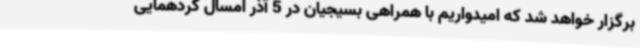
برگزار خواهد شد که امیدواریم با همراهی بسیجیان در 5 آذر امسال گردهمایی